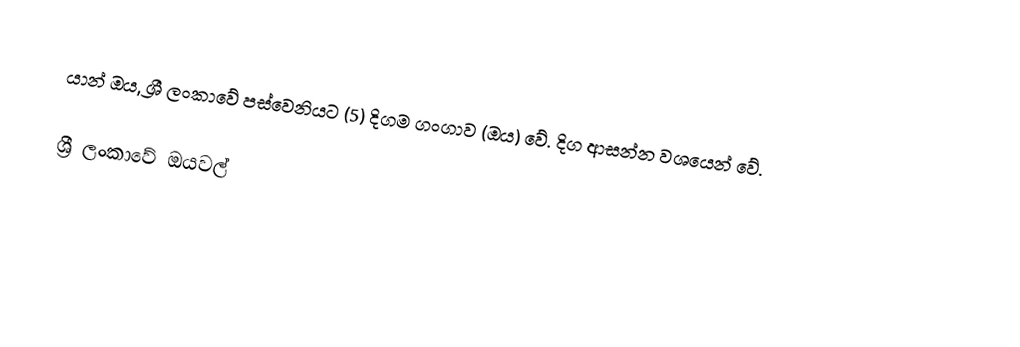
යාන් ඔය, ශ්‍රී ලංකාවේ පස්වෙනියට (5) දිගම ගංගාව (ඔය) වේ. දිග ආසන්න වශයෙන්  වේ.

ශ්‍රී ලංකාවේ ඔයවල්